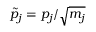
\tilde { p } _ { j } = p _ { j } / \sqrt { m _ { j } }